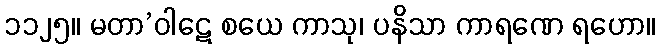
၁၁၂၅။ မတာ’ဝါဋေ စယေ ကာသု၊ ပနိသာ ကာရဏေ ရဟော။